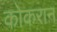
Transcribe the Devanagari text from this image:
कोकरान